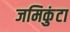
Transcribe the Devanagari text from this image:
जमिकुंटा